Report of the Indian Hemp Drugs Commission, 1894-1895 - Volume V
Year: 1894
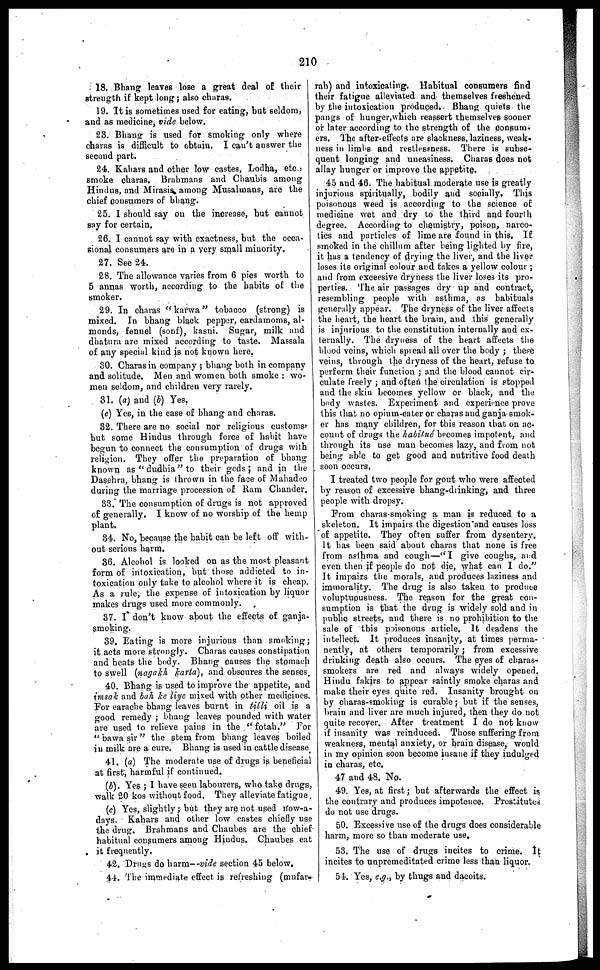
210
18. Bhang leaves lose a great deal of their
strength if kept long ; also charas.
19. It is sometimes used for eating, but seldom,
and as medicine, vide below.
23. Bhang is used for smoking only where
charas is difficult to obtain. I can't auswer the
second
part.
24. Kahars and other low castes, Lodha, etc.,
smoke charas. Brahmans and Chaubis among
Hindus, and Mirasis among Musalmans, are the
chief consumers of bhang.
25. I should say on the increase, but cannot
say for certain,
26. I cannot say with exactness, but the occa-
sional consumers are in a very small minority.
27. See 24.
28. The allowance varies from 6 pies worth to
5 annas worth, according to the habits of the
smoker.
29. In charas "karwa" tobacco (strong) is
mixed. In bhang black pepper, cardamoms, al-
monds, fennel (sonf), kasni. Sugar, milk and
dhatura are mixed according to taste. Massala
of any special kind is not known here,
30. Charas in company ; bhang both in company
and solitude. Men and women both smoke : wo-
men seldom, and children very rarely.
31. (a) and (b) Yes.
(c) Yes, in the case of bhang and charas.
82. There are no social nor religious customs'
but some Hindus through force of habit have
begun to connect the consumption of drugs with
religion. They offer the preparation of bhang
known as "dudhia" to their gods ; and in the
Dasehra, bhang is thrown in the face of Mahadeo
during the marriage procession of Ram Chander.
83. The consumption of drugs is not approved
of generally. I know of no worship of the hemp
plant.
34. No, because the habit can be left off with-
out serious harm.
36. Alcohol is looked on as the most pleasant
form of intoxication, but those addicted to in-
toxication only take to alcohol where it is cheap.
As a rule, the expense of intoxication by liquor
makes drugs used more commonly.
37. I don't know about the effects of ganja-
smoking.
39. Eating is more injurious than smoking ;
it acts more strongly. Charas causes constipation
and heats the body. Bhang causes the stomach
to swell (nagakh karta), and obscures the senses.
40. Bhang is used to improve the appetite, and
imsak and bah ke liye mixed with other medicines.
For earache bhang leaves burnt in tilli oil is a
good remedy ; bhang leaves pounded with water
are used to relieve pains in the "fotah." For
"bawa sir" the stem from bhang leaves boiled
in milk are a cure. Bhang is used in cattle disease
41. (a) The moderate use of drugs is beneficial
at first, harmful if continued.
(b). Yes ; I have seen labourers, who take drugs,
walk 20 kos without food. They alleviate fatigue.
(c) Yes, slightly ; but they are not used now-a-
days. Kahars and other low castes chiefly use
the drug, Brahmans and Chaubes are the chief
habitual consumers among Hindus. Chaubes eat
it frequently.
42. Drugs do harm--vide section 45 below.
44. The immediate effect is refreshing (mufar-
rah) and intoxicating. Habitual consumers find
their fatigue alleviated and themselves freshened
by the intoxication produced. Bhang quiets the
pangs of hunger,which reassert themselves sooner
or later according to the strength of the consum-
ers. The after-effects are slackness, laziness, weak-
ness in limbs and restlessness. There is subse-
quent longing and uneasiness. Charas does not
allay hunger or improve the appetite.
45 and 46. The habitual moderate use is greatly
injurious spiritually, bodily and socially. This
poisonous weed is according to the science of
medicine wet and dry to the third and fourth
degree. According to chemistry, poison, narco-
tics and particles of lime are found in this. If
smoked in the chillum after being lighted by fire,
it has a tendency of drying the liver, and the liver
loses its original colour and takes a yellow colour ;
and from exceesive dryness the liver loses its pro-
perties. The air passages dry up and contract,
resembling people with asthma, as habituals
generally appear. The dryness of the liver affects
the heart, the heart the brain, and this generally
is injurious to the constitution internally and ex-
ternally. The dryness of the heart affects the
blood veins, which spread all over the body ; these
veins, through the dryness of the heart, refuse to
perform their function ; and the blood cannot cir-
culate freely ; and often the circulation is stopped
and the skin becomes yellow or black, and the
body wastes. Experiment and experience prove
this that no opium-eater or charas and ganja smok-
er has many children, for this reason that on ac-
count of drugs the habitué becomes impotent, and
through its use man becomes lazy, and from not
being able to get good and nutritive food death
soon occurs,
I treated two people for gout who were affected
by reason of excessive bhang-drinking, and three
people with dropsy.
From charas-smoking a man is reduced to a
skeleton. It impairs the digestion and causes loss
of appetite. They often suffer from dysentery.
It has been said about charas that none is free
from asthma and cough—"I give coughs, and
even then if people do not die, what can I do."
It impairs the morals, and produces laziness and
immorality. The drug is also taken to produce
voluptuousness. The reason for the great con-
sumption is that the drug is widely sold and in
public streets, and there is no prohibition to the
sale of this poisonous article. It deadens the
intellect. It produces insanity, at times perma-
nently, at others temporarily ; from excessive
drinking death also occurs. The eyes of charas-
smokers are red and always widely opened.
Hindu fakirs to appear saintly smoke charas and
make their eyes quite red. Insanity brought on
by charas-smoking is curable ; but if the senses,
brain and liver are much injured, then they do not
quite recover. After treatment I do not know
if insanity was reinduced. Those suffering from
weakness, mental anxiety, or brain disease, would
in my opinion soon become insane if they indulged
in charas, etc.
47 and 48, No.
49. Yes, at first ; but afterwards the effect is
the contrary and produces impotence. Prostitutes
do not use drugs.
50. Excessive use of the drugs does considerable
harm, more so than moderate use.
53. The use of drugs incites to crime. It
incites to unpremeditated crime less than liquor.
54. Yes, e.g., by thugs and dacoits.